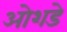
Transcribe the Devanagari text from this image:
ओशडे